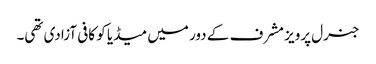
جنرل پرویز مشرف کے دور میں میڈیا کو کافی آزادی تھی۔